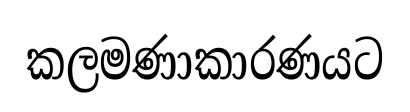
කලමණාකාරණයට